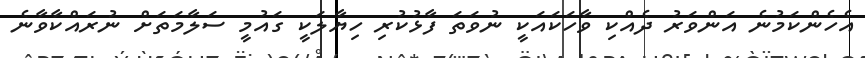
އެހެެންކަމުނެ އަންވަރު ދެއްކި ވާހަކައަކީ ނުވަތަ ފާޅުކުރި ހިޔާލަކީ ގައުމީ ސަލާމަތަށް ނުރައްކާވާނެ